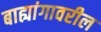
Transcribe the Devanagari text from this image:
बाह्यांगावरील